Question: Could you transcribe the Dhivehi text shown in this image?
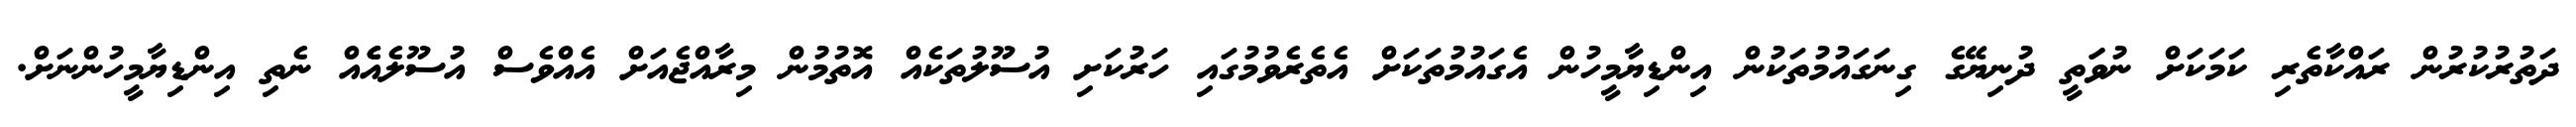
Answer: ދަތުރުކުރުން ރައްކާތެރި ކަމަކަށް ނުވަަތީ ދުނިޔޭގެ ގިނަގައުމުތަކުން އިންޑިޔާމީހުން އެގައުމުތަކަށް އެތެރެވުމުގައި ހަރުކަށި އުސޫލުތަކެއް އޮތުމުން މިރާއްޖެއަށް އެއްވެސް އުސޫލެއެެއް ނެތި އިންޑިޔާމީހުންނަށް.